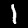
Digit: 1